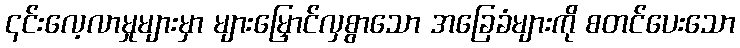
၎င်းလေ့လာမှုများမှာ များမြှောင်လှစွာသော အခြေခံများကို စတင်ပေးသော